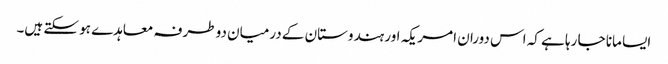
ایسا مانا جا رہا ہے کہ اس دوران امریکہ اور ہندوستان کے درمیان دو طرفہ معاہدے ہو سکتے ہیں۔